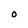
Character: O